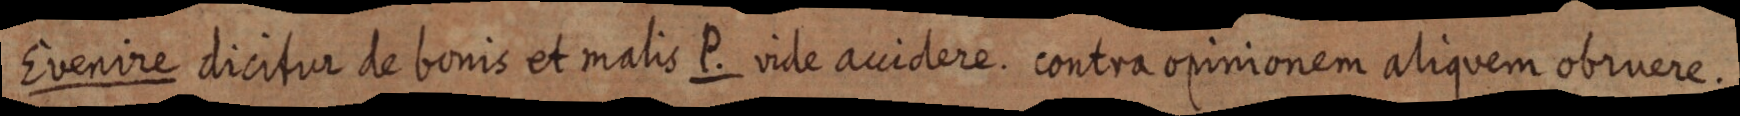
Evenire dicitur de bonis et malis P. vide acuidere contra opinionem aliquem obruere.